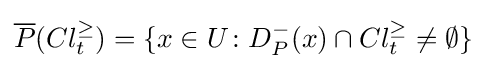
{\overline {P}}(Cl_{t}^{\geq })=\{x\in U\colon D_{P}^{-}(x)\cap Cl_{t}^{\geq }\neq \emptyset \}